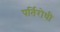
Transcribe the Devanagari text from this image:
पर्तिरोधी